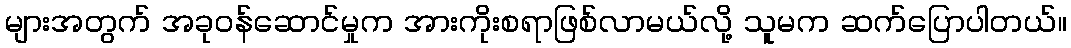
များအတွက် အခုဝန်ဆောင်မှုက အားကိုးစရာဖြစ်လာမယ်လို့ သူမက ဆက်ပြောပါတယ်။